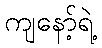
ကျနော့်ရဲ့